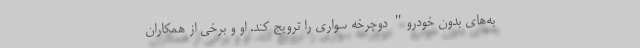
به‌های بدون خودرو" دوچرخه سواری را ترویج کند. او و برخی از همکاران